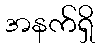
အနက်ရှိ